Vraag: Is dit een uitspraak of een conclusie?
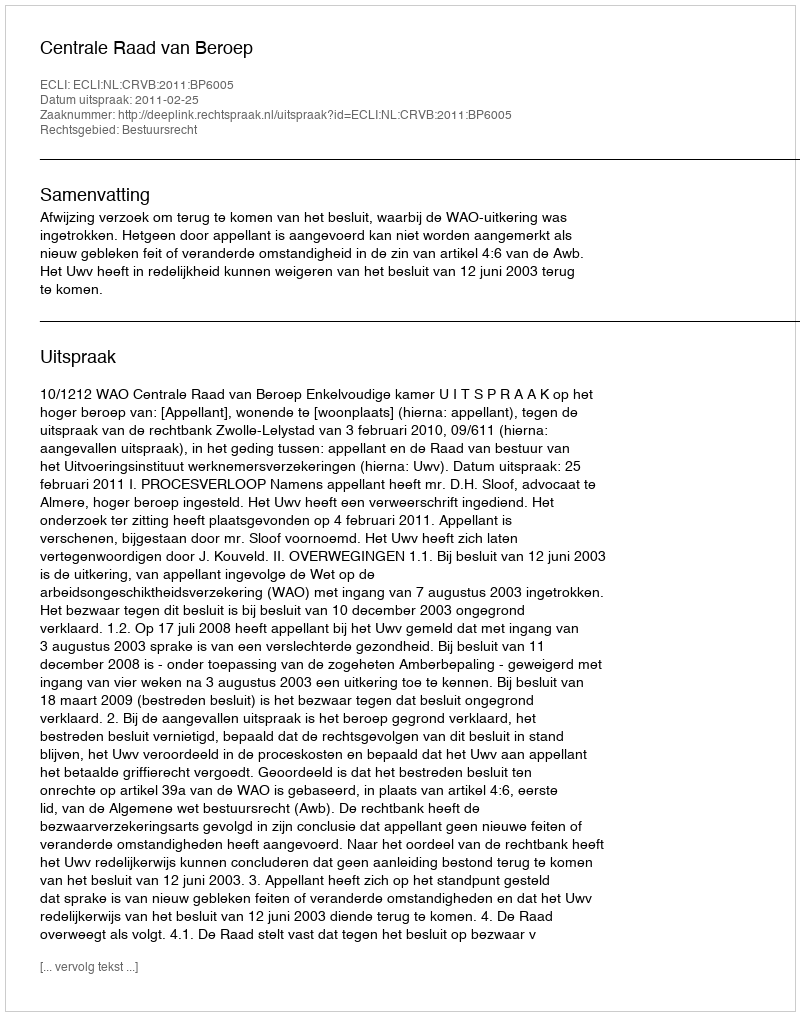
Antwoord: Uitspraak